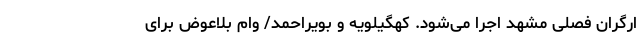
ارگران فصلی مشهد اجرا می‌شود. کهگیلویه‌ و بویراحمد/ وام بلاعوض برای